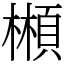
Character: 䫐